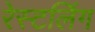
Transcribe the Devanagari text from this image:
रेस्टलिंग